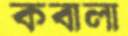
কবালা